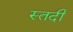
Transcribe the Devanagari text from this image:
स्तदी